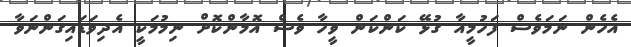
އެހެން ނަމަވެސް ފަހުމީއާ ގުޅޭ ކަންކަން ވީހާ ވެސް އޮމާންކޮށް ނިމުމަކީ އެދިވަޑައިގަންނަވާ